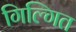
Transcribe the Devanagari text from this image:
गिल्गित